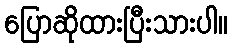
ပြောဆိုထားပြီးသားပါ။